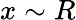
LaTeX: x\sim R